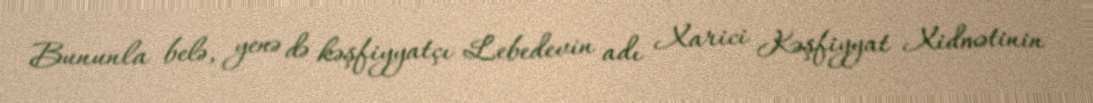
Bununla belə, yenə də kəşfiyyatçı Lebedevin adı Xarici Kəşfiyyat Xidmətinin